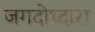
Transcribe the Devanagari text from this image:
जगदोध्दारा